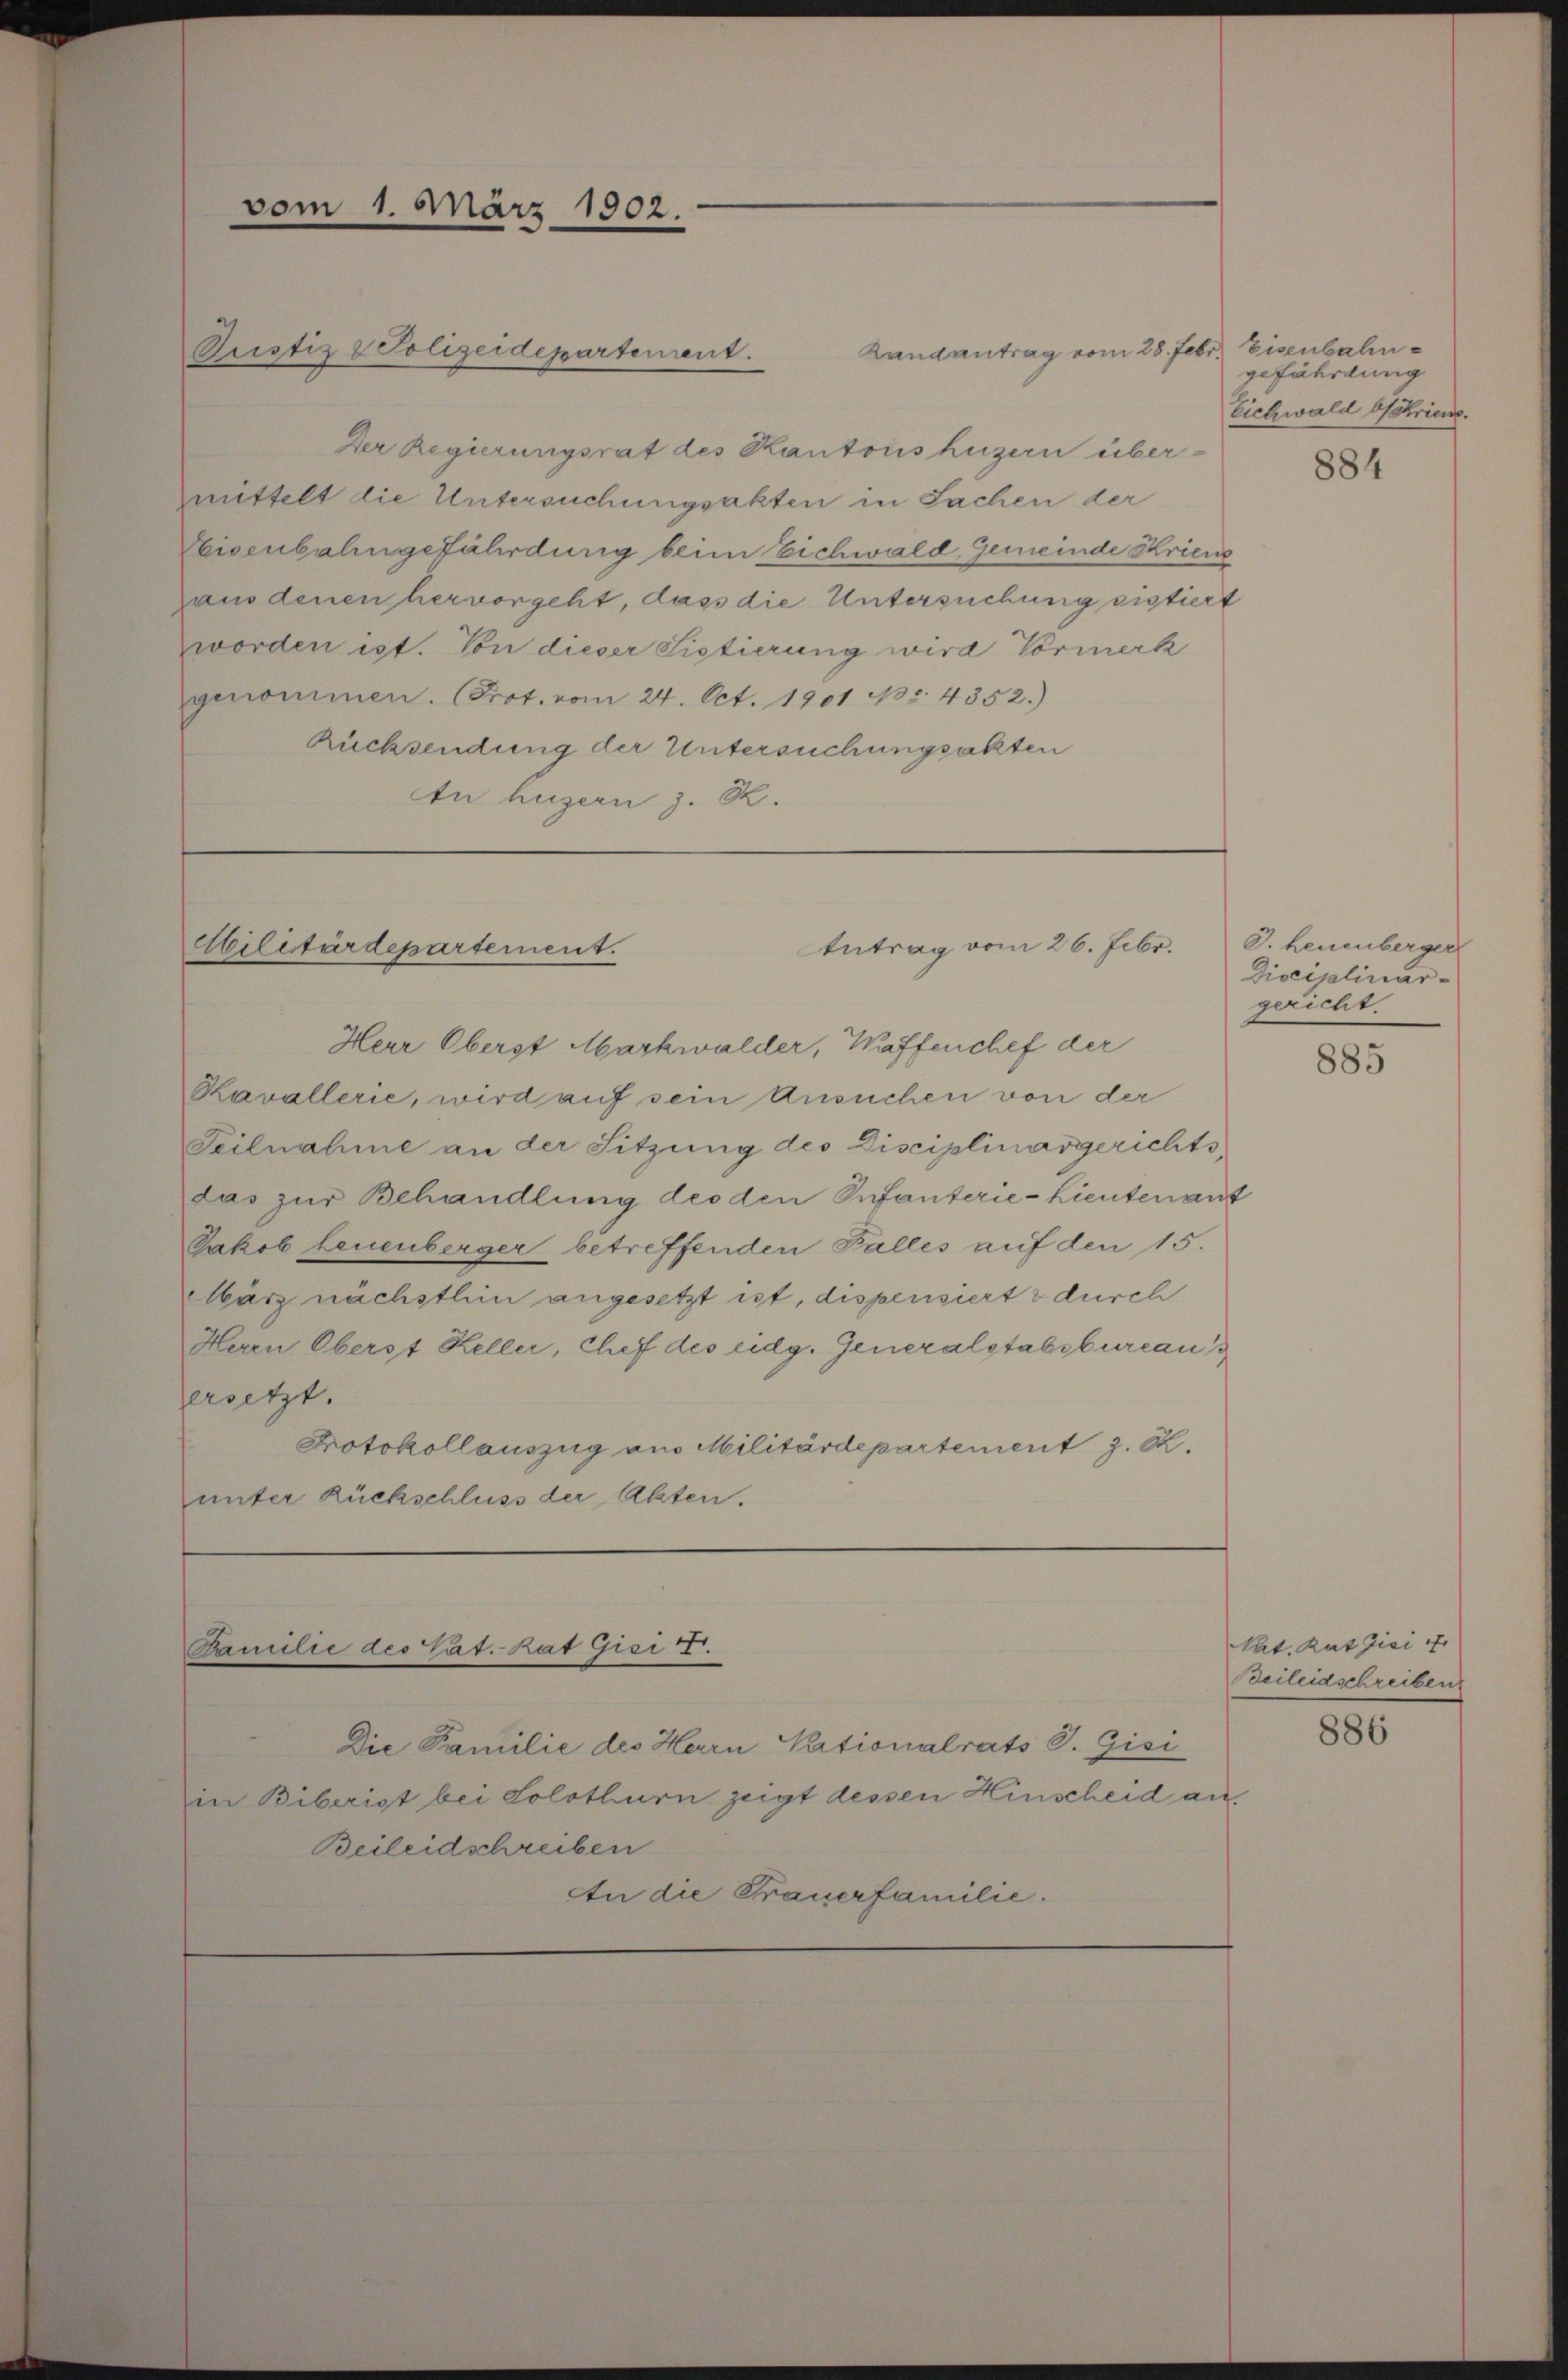
Landantrag vom 28. Febr. Eisenbahn¬
Der Regierungsrat des Kantons huzern über-
mittelt die Untersuchungsakten in Sachen der
Eisenbahngefährdung beim Eichwald, Gemeinde Krien
gaus denen hervorgeht, dass die Untersuchung sistiert
worden ist. Von dieser Sistierung wird Vormerk
genommen. (Prot. vom 24. Oct. 1901 Nr. 4352.)
Rücksendung der Untersuchungsakten
An huzern z. R.

vom 1. März 1902.

Pustiz & Polizeidepartement.

Militärdepartement.

Mamilie des Cat. hat Gisi 7.

Antrag vom 26. Febr.

Herr Oberst Markwalder, Waffenchef der
Kavallerie, wird auf sein Ansuchen von der
Teilnahme an der Sitzung des Disciplinargerichtsdas zur Behandlung des den Infanterie-Lieutenant
Jakob Leuenberger betreffenden Falles auf den 15.
März nächsthin angesetzt ist, dispensiert & durch
Herrn Oberst Keller, Chef des eidg. Generalstabsbureau
ersetzt.
Protokollauszug aus Militärdepartement z. B.
unter Rückschluss der Akten.

Die Familie des Herrn Kationalrats S. Gisi
in Biberist bei Solothurn zeigt dessen Hinscheid an
Beileidschreiben
An die Trauerfamilie.

gefährdung
Eichwald betriene.

884

J. Leuenberger
Disciplinar-
gericht.

885

Nat. Rat Gisi
Beileidschreiben

886